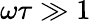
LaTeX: \omega\tau\gg 1